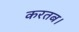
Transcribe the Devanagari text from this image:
करतब।